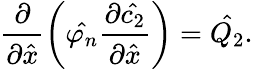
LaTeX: \frac{\partial}{\partial\hat{x}}\left(\hat{\varphi_{n}}\frac{\partial\hat{c_{2}}}{\partial\hat{x}}\right)=\hat{Q_{2}}.